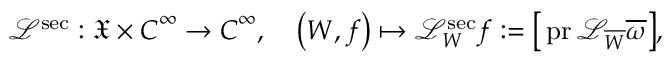
\mathcal L ^ { \mathrm { s e c } } : \boldsymbol { \mathfrak X } \times \boldsymbol { C } ^ { \infty } \to \boldsymbol { C } ^ { \infty } , \quad \left( \boldsymbol W , \boldsymbol f \right) \mapsto \mathcal L _ { \boldsymbol W } ^ { \mathrm { s e c } } \boldsymbol f : = \big [ \operatorname { p r } \mathcal L _ { \overline { W } } \overline { \omega } \big ] ,